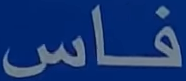
فاس